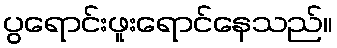
ပွရောင်းဖူးရောင်နေသည်။